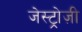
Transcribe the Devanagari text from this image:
जेस्ट्रोज़ी